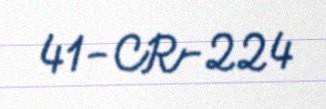
41-CR-224